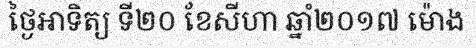
ថ្ងៃអាទិត្យ ទី២០ ខែសីហា ឆ្នាំ២០១៧ ម៉ោង